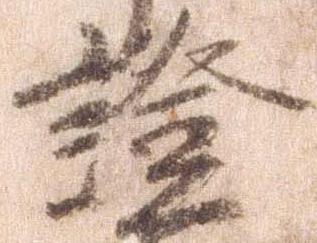
証